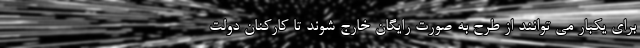
برای یکبار می توانند از طرح به صورت رایگان خارج شوند تا کارکنان دولت